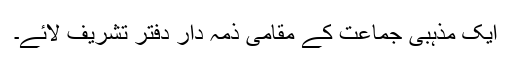
ایک مذہبی جماعت کے مقامی ذمہ دار دفتر تشریف لائے۔